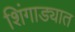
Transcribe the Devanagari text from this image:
शिंगाड्यात